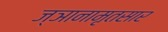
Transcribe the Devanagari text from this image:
ज्ञानामृतसार